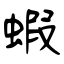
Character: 蝦